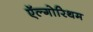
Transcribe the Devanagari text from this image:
ऍल्गोरिथम